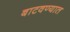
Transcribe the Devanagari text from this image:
बाटवण्यात